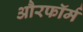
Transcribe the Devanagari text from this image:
औरफॉर्म